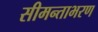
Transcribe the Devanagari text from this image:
सीमन्ताभरण